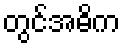
တွင်အဓိက